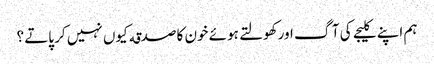
ہم اپنے کلیجے کی آگ اور کھولتے ہوئے خون کا صدقه کیوں نہیں کر پاتے ؟